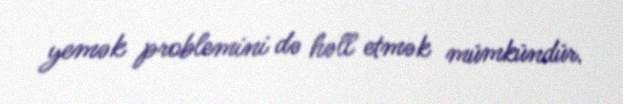
yemək problemini də həll etmək mümkündür.